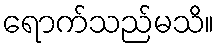
ရောက်သည်မသိ။